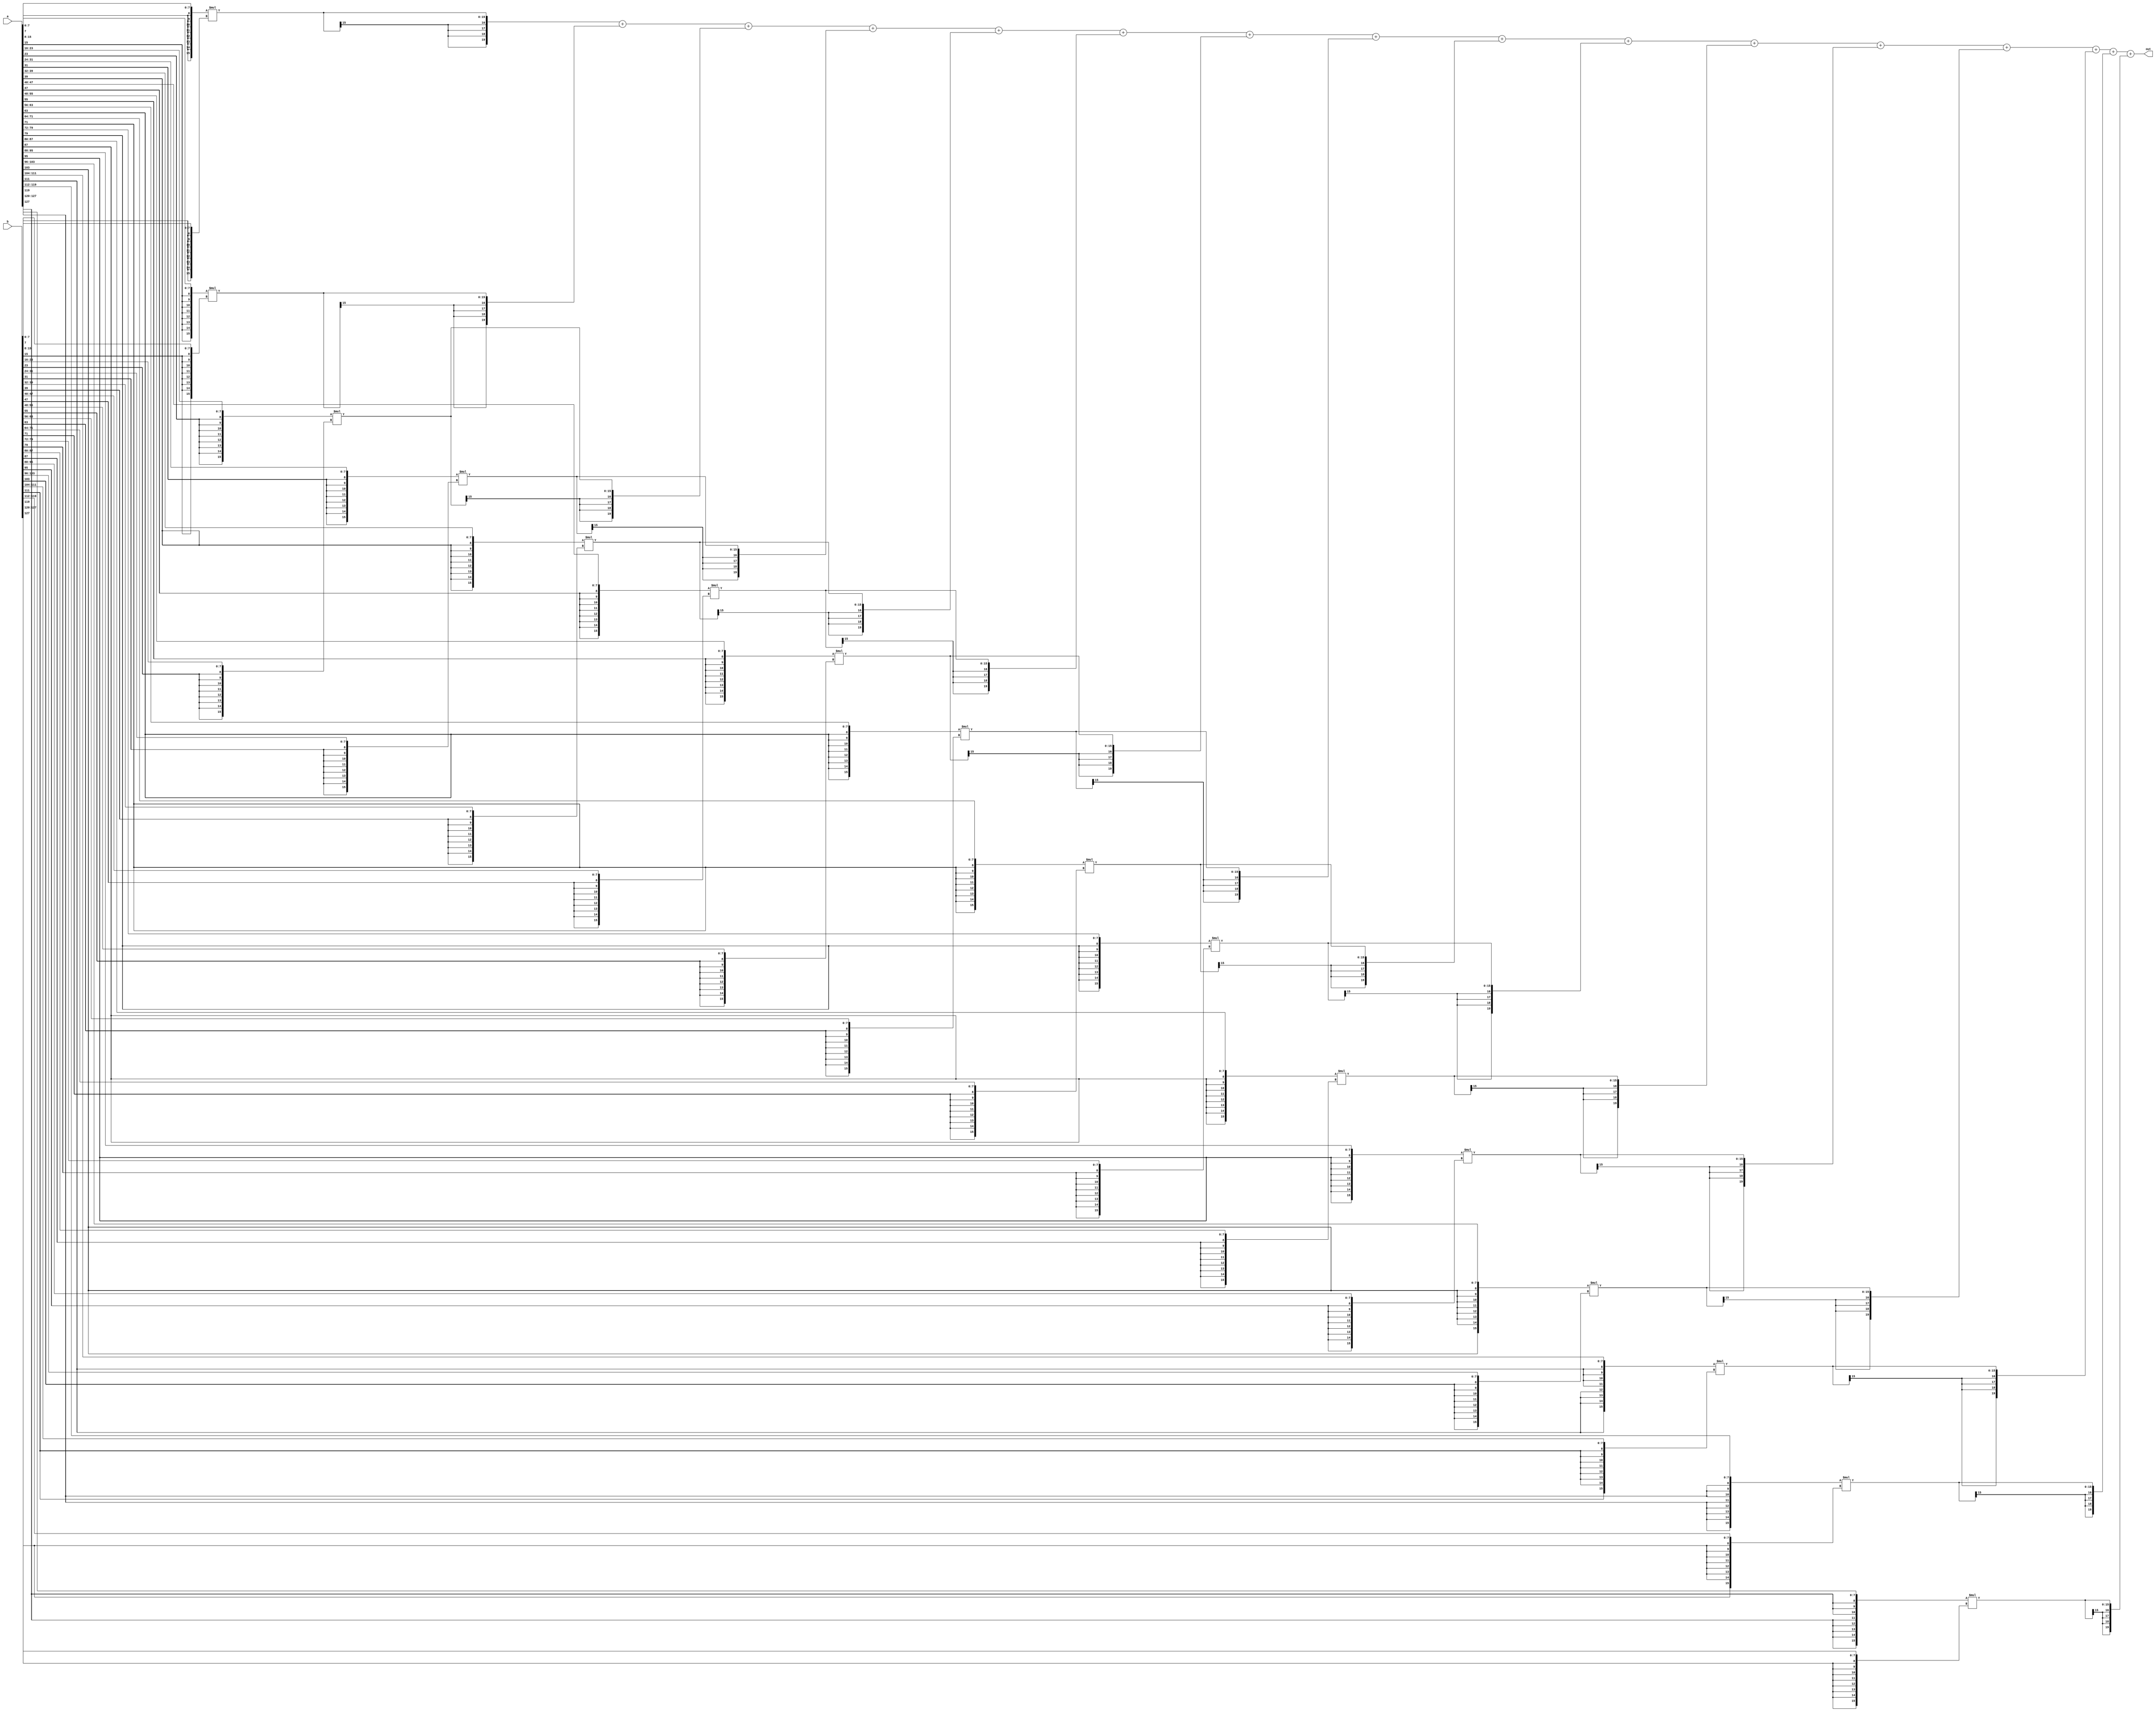
// Created by prof. Mingu Kang @VVIP Lab in UCSD ECE department
// Please do not spread this code without permission 
module mac_16in (out, a, b);

parameter bw = 8;
parameter bw_psum = 2*bw+6;
parameter pr = 16; // parallel factor: number of inputs = 16

output [bw_psum-1:0] out;
input  [pr*bw-1:0] a;
input  [pr*bw-1:0] b;


wire		[2*bw-1:0]	product0	;
wire		[2*bw-1:0]	product1	;
wire		[2*bw-1:0]	product2	;
wire		[2*bw-1:0]	product3	;
wire		[2*bw-1:0]	product4	;
wire		[2*bw-1:0]	product5	;
wire		[2*bw-1:0]	product6	;
wire		[2*bw-1:0]	product7	;
wire		[2*bw-1:0]	product8	;
wire	[2*bw-1:0]	product9	;
wire		[2*bw-1:0]	product10	;
wire		[2*bw-1:0]	product11	;
wire		[2*bw-1:0]	product12	;
wire		[2*bw-1:0]	product13	;
wire		[2*bw-1:0]	product14	;
wire		[2*bw-1:0]	product15	;


genvar i;


assign	product0	=	{{(bw){a[bw*	1	-1]}},	a[bw*	1	-1:bw*	0	]}	*	{{(bw){b[bw*	1	-1]}},	b[bw*	1	-1:	bw*	0	]};
assign	product1	=	{{(bw){a[bw*	2	-1]}},	a[bw*	2	-1:bw*	1	]}	*	{{(bw){b[bw*	2	-1]}},	b[bw*	2	-1:	bw*	1	]};
assign	product2	=	{{(bw){a[bw*	3	-1]}},	a[bw*	3	-1:bw*	2	]}	*	{{(bw){b[bw*	3	-1]}},	b[bw*	3	-1:	bw*	2	]};
assign	product3	=	{{(bw){a[bw*	4	-1]}},	a[bw*	4	-1:bw*	3	]}	*	{{(bw){b[bw*	4	-1]}},	b[bw*	4	-1:	bw*	3	]};
assign	product4	=	{{(bw){a[bw*	5	-1]}},	a[bw*	5	-1:bw*	4	]}	*	{{(bw){b[bw*	5	-1]}},	b[bw*	5	-1:	bw*	4	]};
assign	product5	=	{{(bw){a[bw*	6	-1]}},	a[bw*	6	-1:bw*	5	]}	*	{{(bw){b[bw*	6	-1]}},	b[bw*	6	-1:	bw*	5	]};
assign	product6	=	{{(bw){a[bw*	7	-1]}},	a[bw*	7	-1:bw*	6	]}	*	{{(bw){b[bw*	7	-1]}},	b[bw*	7	-1:	bw*	6	]};
assign	product7	=	{{(bw){a[bw*	8	-1]}},	a[bw*	8	-1:bw*	7	]}	*	{{(bw){b[bw*	8	-1]}},	b[bw*	8	-1:	bw*	7	]};
assign	product8	=	{{(bw){a[bw*	9	-1]}},	a[bw*	9	-1:bw*	8	]}	*	{{(bw){b[bw*	9	-1]}},	b[bw*	9	-1:	bw*	8	]};
assign	product9	=	{{(bw){a[bw*	10	-1]}},	a[bw*	10	-1:bw*	9	]}	*	{{(bw){b[bw*	10	-1]}},	b[bw*	10	-1:	bw*	9	]};
assign	product10	=	{{(bw){a[bw*	11	-1]}},	a[bw*	11	-1:bw*	10	]}	*	{{(bw){b[bw*	11	-1]}},	b[bw*	11	-1:	bw*	10	]};
assign	product11	=	{{(bw){a[bw*	12	-1]}},	a[bw*	12	-1:bw*	11	]}	*	{{(bw){b[bw*	12	-1]}},	b[bw*	12	-1:	bw*	11	]};
assign	product12	=	{{(bw){a[bw*	13	-1]}},	a[bw*	13	-1:bw*	12	]}	*	{{(bw){b[bw*	13	-1]}},	b[bw*	13	-1:	bw*	12	]};
assign	product13	=	{{(bw){a[bw*	14	-1]}},	a[bw*	14	-1:bw*	13	]}	*	{{(bw){b[bw*	14	-1]}},	b[bw*	14	-1:	bw*	13	]};
assign	product14	=	{{(bw){a[bw*	15	-1]}},	a[bw*	15	-1:bw*	14	]}	*	{{(bw){b[bw*	15	-1]}},	b[bw*	15	-1:	bw*	14	]};
assign	product15	=	{{(bw){a[bw*	16	-1]}},	a[bw*	16	-1:bw*	15	]}	*	{{(bw){b[bw*	16	-1]}},	b[bw*	16	-1:	bw*	15	]};



assign out = 
                {{(4){product0[2*bw-1]}},product0	}
	+	{{(4){product1[2*bw-1]}},product1	}
	+	{{(4){product2[2*bw-1]}},product2	}
	+	{{(4){product3[2*bw-1]}},product3	}
	+	{{(4){product4[2*bw-1]}},product4	}
	+	{{(4){product5[2*bw-1]}},product5	}
	+	{{(4){product6[2*bw-1]}},product6	}
	+	{{(4){product7[2*bw-1]}},product7	}
	+	{{(4){product8[2*bw-1]}},product8	}
	+	{{(4){product9[2*bw-1]}},product9	}
	+	{{(4){product10[2*bw-1]}},product10	}
	+	{{(4){product11[2*bw-1]}},product11	}
	+	{{(4){product12[2*bw-1]}},product12	}
	+	{{(4){product13[2*bw-1]}},product13	}
	+	{{(4){product14[2*bw-1]}},product14	}
	+	{{(4){product15[2*bw-1]}},product15	};



endmodule